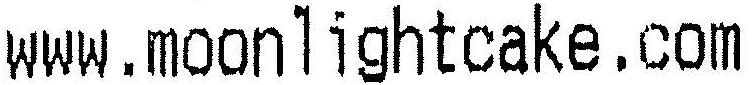
WWW.MOONLIGHTCAKE.COM